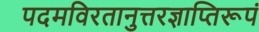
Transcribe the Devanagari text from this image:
पदमविरतानुत्तरज्ञाप्तिरूपं